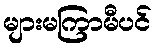
များမကြာမီပင်